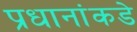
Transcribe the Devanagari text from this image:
प्रधानांकडे